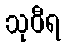
သုဝီရ